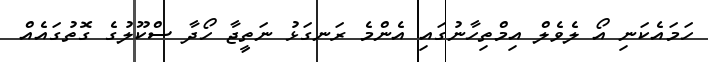
ހަމައެކަނި އޯ ލެވެލް އިމްތިހާނުގައި އެންމެ ރަނގަޅު ނަތީޖާ ހޯދާ ސްކޫލުގެ ގޮތުގައެއް